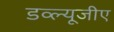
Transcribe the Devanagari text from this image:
डव्ल्यूजीए